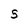
Character: 5